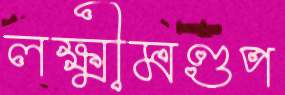
লক্ষ্মীমণ্ডপ